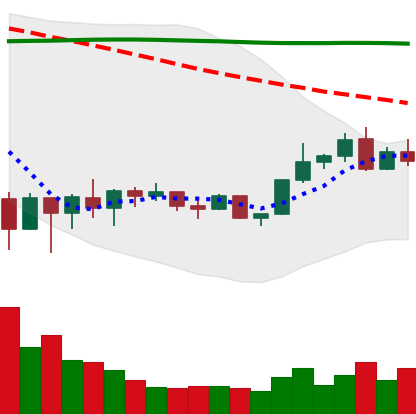
Ticker: BNB-USD
Chart end date: 2022-02-10
Forward return: 4.165%
Label: up_3_5